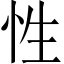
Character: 性